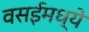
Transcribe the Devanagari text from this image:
वसईमध्ये